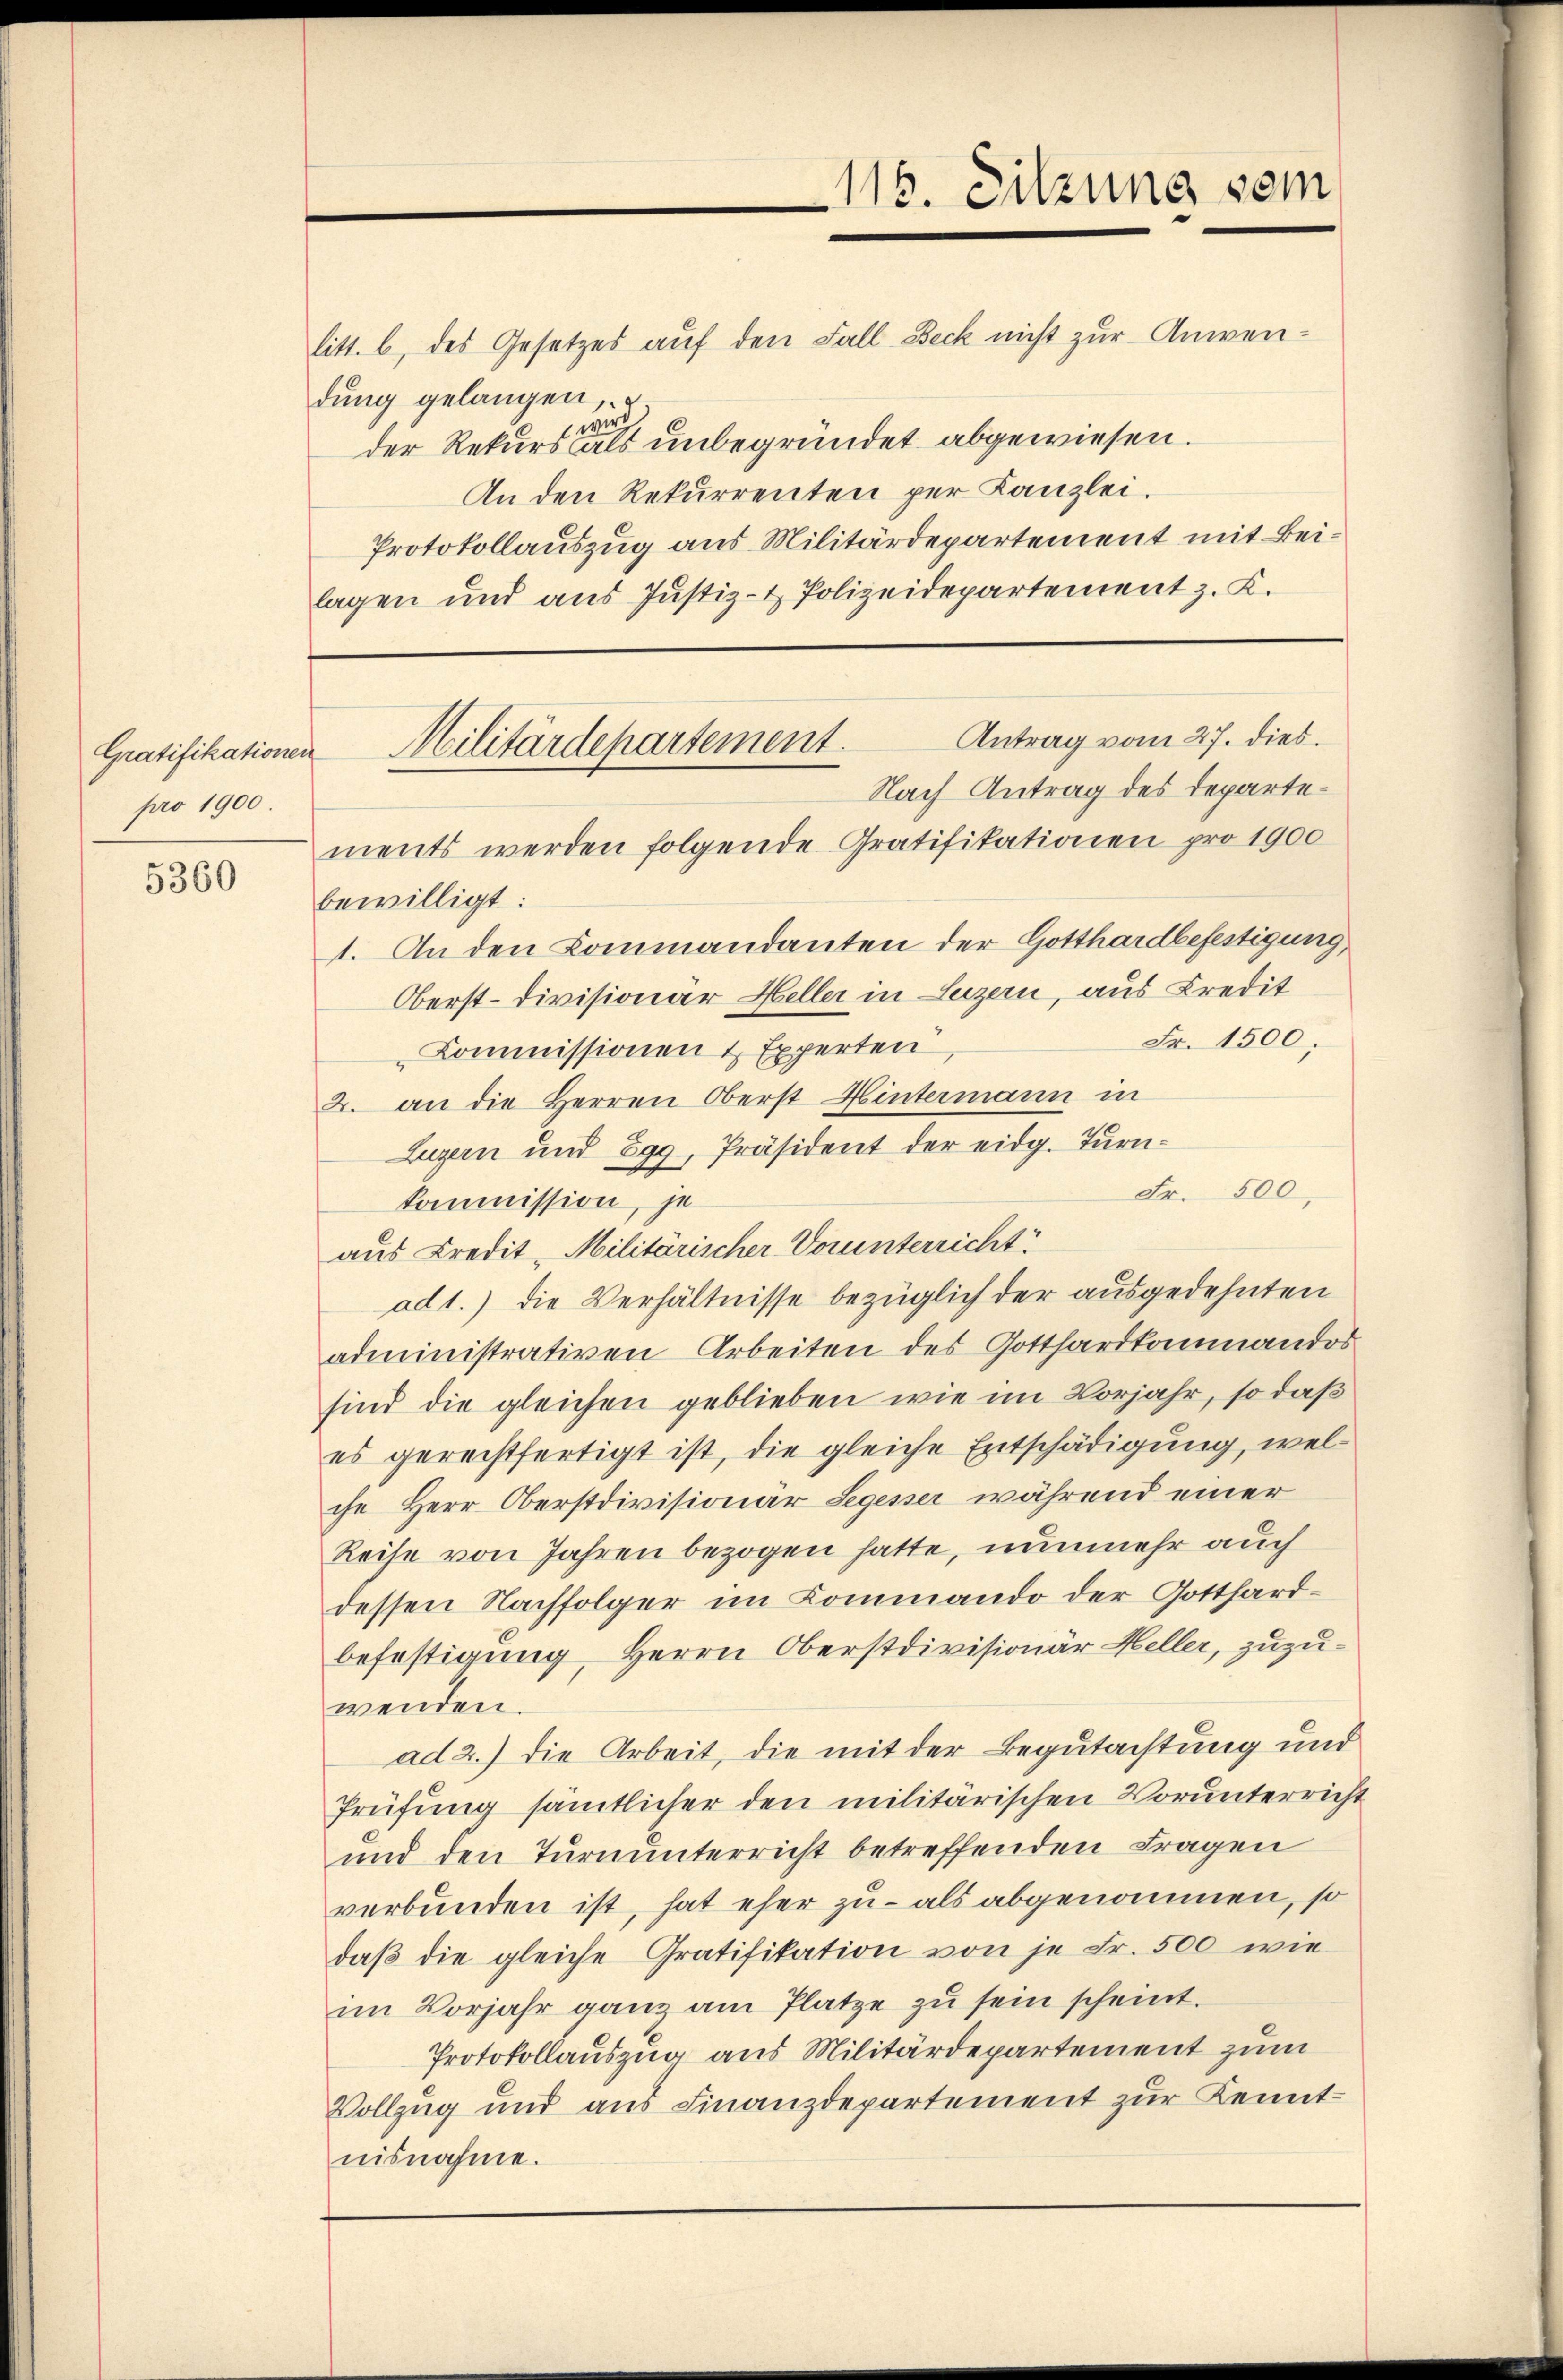
Gratifikationen
pro 1900.

5360

litt. b, des Gesetzes auf den Fall Beck nicht zur Anwendung gelangen,
wird
der Rekurs als unbegründet abgewiesen.
An den Rekurrenten per Kanzlei.
Protokollauszug aus Militärdepartement mit Beilagen und aus Justiz- & Polizeidepartement z. K.

Antrag vom 27. dies.
Nach Antrag des Departements werden folgende Gratifikationen pro 1900
bewilligt:
1. An den Kommandanten der Gotthardbefestigung,
Oberst-Divisionär Heller in Luzern, aus Kredit
Fr. 1500.
Kommissionen & Experten
2. an die Herren Oberst Hintermann in
Luzern und 899, Präsident der eidg. Tŭrn-
Fr. 500,
kommission, je
aus Credit "Militärischer Vorunterricht
ad 1.) die Verhältnisse bezüglich der ausgedehnten
administrativen Arbeiten des Gotthardkommandos
sind die gleichen geblieben wie im Vorjahr, so daß
es gerechtfertigt ist, die gleiche Entschädigung, welche Herr Oberstdivisionar Segesser während einer
Reise von Jahren bezogen hatte, nunmehr auch
dessen Nachfolger im Kommando der Gotthardbefestigung Herrn Oberstdivisionär Heller, zuzuwenden.
ad 2.) Die Arbeit, die mit der Begutachtung und
Prüfung sämtlicher den militärischen Vorunterricht
und den Turnunterricht betreffenden Fragen
verbunden ist, hat eher zu - als abgenommen, so
daβ die gleiche Gratifikation von je Fr. 500 wie
im Vorjahr ganz am Platze zu sein scheint.
Protokollauszug aus Militärdepartement zum
Vollzug und aus Finanzdepartement zur Kenntnisnahme.

Militärdepartement.

115. Sitzung vom